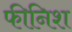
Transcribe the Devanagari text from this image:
फीनिश